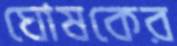
ঘোষকের